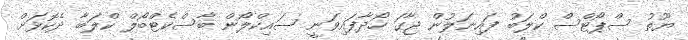
ޔޫތު ސްޕޯޓްސް ކްލަބު ފައިނަލުން ޖާގަ ހޯދާފައިވަނީ ސައިކްލޯން ބާސްކެޓްބޯލް ކްލަބާ ދެކޮޅަށް